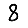
Digit: 8